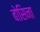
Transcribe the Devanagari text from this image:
बोसिना